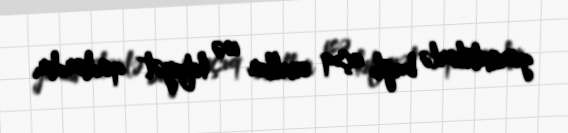
görüntülərlə bağlı açıq suallar isə kifayət qədərdir.